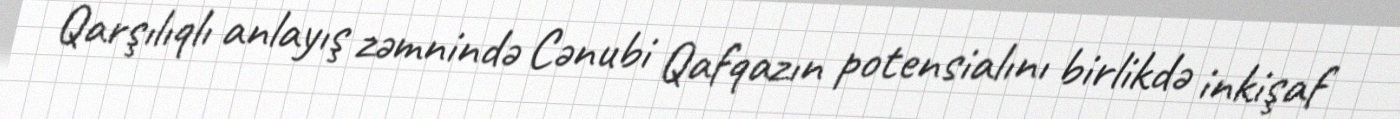
Qarşılıqlı anlayış zəmnində Cənubi Qafqazın potensialını birlikdə inkişaf